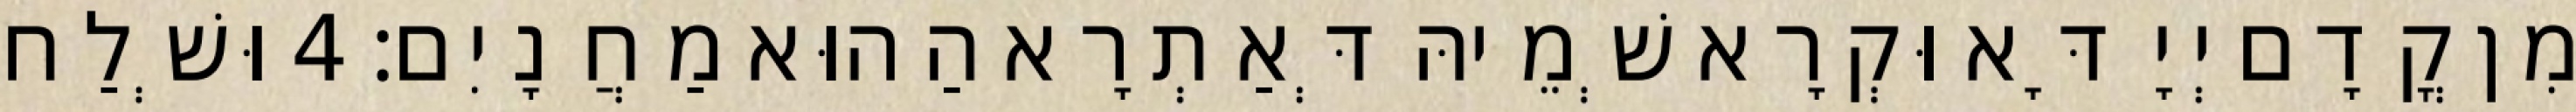
מִן קֳדָם יְיָ דָּא וּקְרָא שְׁמֵיהּ דְּאַתְרָא הַהוּא מַחֲנָיִם׃ 4 וּשְׁלַח